Report on sanitation, dispensaries, and jails in Rajputana for 1918, and on vaccination for the year 1918-1919 - 1918-1919
Year: 1918
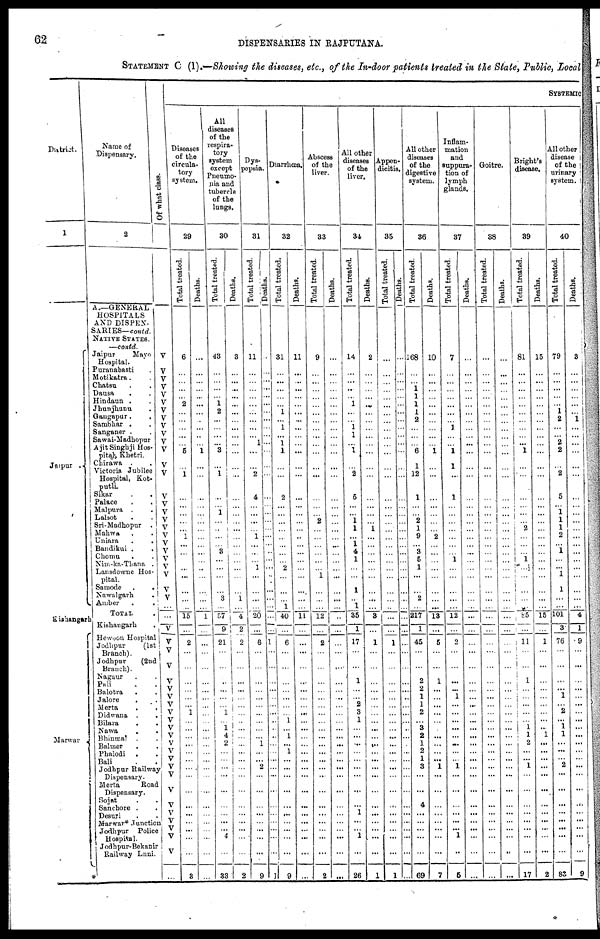
62
DISPENSARIES IN RAJPUTANA.
STATEMENT C (I).—Showing the diseases, etc., of the In-door patients treated in the State, Public, Local
District.
1
Jaipur
Kishangarh
Marwar
Name of
Dispensary.
2
A.—GENERAL
HOSPITALS
AND DISPEN-
SARIES—
contd.
NATIVE STATES
—contd.
Jaipur
Mayo
Hospital.
Puranabasti .
Motikatra . .
Chatsu . .
Dausa . .
Hindaun . .
Jhunjhunu . .
Gangapur. .
Sambhar . .
Sanganer . .
Sawai-Madhopur
Ajit Singhji Hos-
pital Khetri.
Chirawa . .
Victoria Jubilee
Hospital, Kot-
putli
Sikar . .
Palace . .
Malpura . .
Lalsot . .
Sri-Madhopur
.
Mahwa . .
Uniara . .
Bandikui . .
Chomu . .
Nim-ka-Thana .
Lansdowne Hos¬
pital.
Samode . .
Nawalgarh .
Amber . .
TOTAL
.
Kishangarh .
Hewoon Hospital
Jodhpur
(1st
Branch).
Jodhpur
(2nd
Branch).
Nagpur . .
Pali . .
Balotra . .
Jalore . .
Merta . .
Didwana . .
Bilara . .
Nawa . .
Bhinmal . .
Balmer . .
Phalodi
. .
Bali . .
Jodhpur Railway
Dispensary.
Merta
Road
Dispensary.
Sojat . .
Sanchore . .
Desuri . .
Marwar* Junction
Jodhpur Police
Hospital.
Jodhpur-Bekanir
Railway Luni.
Of what class.
V
V
V
V
V
V
V
V
V
V
V
V
V
V
V
V
V
V
V
V
V V
V
V
V
V
V
...
...
V
V
V
V
V
V
V
V
V
V
V
V
V
V
V
V
V
V
V
V
V
V
V
V
...
SYSTEMI C
Diseases
of the
circula-
tory
system.
29
Total treated.
6
...
...
...
...
2
...
...
...
...
...
5
...
1
...
...
...
...
...
1
... ...
...
...
...
...
...
...
15
...
2
...
...
...
...
...
...
1
...
...
...
...
...
...
...
...
...
...
...
...
...
...
...
3
Deaths.
...
...
...
...
...
...
...
...
...
...
...
1
...
...
...
...
...
...
...
...
...
...
...
...
...
...
...
...
1
...
...
...
...
...
...
...
...
...
...
...
...
...
...
...
...
...
...
...
...
...
...
...
...
...
All
diseases
of the
respira¬
tory
system
except
Pneumo-
nia and
tubercle
of the
lungs.
30
Total treated.
43
...
...
...
...
1
2
...
...
...
...
3
...
1
...
...
1
...
...
...
...
3
...
...
...
...
3
...
57
9
21
...
...
...
...
...
...
1
...
1
4
2
...
...
... ...
...
...
...
...
...
4
...
33
Deaths.
3
...
...
...
...
...
...
...
...
...
...
...
...
...
...
...
...
...
...
...
... ...
...
...
...
...
1
...
4
2
2
...
...
...
...
...
...
...
...
...
...
...
...
...
...
...
...
...
...
...
...
...
...
2
Dys¬
pepsia.
31
Total treated.
11
...
...
...
...
...
...
...
...
...
1
...
...
2
4
...
...
...
... 1
...
...
...
1
...
...
...
...
20
...
6
...
...
...
...
...
...
...
...
...
...
1
...
...
2
...
...
...
...
...
...
...
...
9
Deaths.
...
...
...
...
...
...
...
...
...
...
...
...
...
...
...
...
...
...
...
...
...
...
...
...
...
...
...
...
...
...
1
...
...
...
...
...
...
...
...
...
...
...
...
...
...
...
...
...
...
...
...
...
...
1
Diarrhœa.
32
Total treated.
31
...
...
...
...
...
1
...
1
...
1
1
...
...
2
...
...
...
...
...
...
...
...
2
...
...
...
1
40
...
6
...
...
...
...
...
...
...
1
...
1
...
1
...
...
...
...
...
...
...
...
...
...
9
Deaths.
11
...
...
...
...
...
...
...
...
...
...
...
...
...
...
...
...
...
...
...
...
...
...
...
...
...
...
...
11
...
...
...
...
...
...
...
...
...
...
...
...
...
...
...
...
...
...
...
...
...
...
...
...
...
Abscess
of the
liver.
33
Total treated.
9
...
...
...
...
...
...
...
...
...
...
...
...
...
...
...
...
2
...
...
...
...
...
...
1
...
...
...
12
...
2
...
...
...
...
...
...
...
...
...
...
...
...
...
...
...
...
...
...
...
...
...
...
2
Deaths.
...
...
...
...
...
...
...
...
...
...
...
...
...
...
...
...
...
...
...
...
...
...
...
...
...
...
...
...
...
...
...
...
...
...
...
...
...
...
...
...
...
...
...
...
...
...
...
...
...
...
...
...
...
...
All other
diseases
of the
liver.
34
Total
treated.
14
...
...
...
...
1
...
...
1
1
...
1
...
2
5
...
...
1
1
...
1
4
1
...
...
1
...
1
35
1
17
...
...
1 ...
...
2
3
1
...
...
...
...
...
...
...
...
...
1
...
...
1
...
26
Deaths.
2
...
...
...
...
...
...
...
...
...
...
...
...
...
...
...
...
...
1
...
...
...
...
...
...
...
...
...
3
...
1
...
...
...
...
...
...
...
...
...
...
...
...
...
...
...
...
...
...
...
...
...
...
1
Appen¬
dicitis.
35
Total treated.
...
...
...
...
...
...
...
...
...
...
...
...
...
...
...
...
...
...
...
...
...
...
...
...
...
...
...
...
...
...
1
...
...
...
...
...
...
...
...
...
...
...
...
...
...
...
...
...
...
...
...
...
...
1
Deaths.
...
...
...
...
...
...
...
...
...
...
...
...
...
...
...
...
...
...
...
...
...
...
...
...
...
...
...
...
...
...
...
...
...
...
...
...
...
...
...
...
...
...
...
...
...
...
...
...
...
...
...
...
...
...
All other
diseases
of the
digestive
system.
36
Total treated.
168
...
...
1
1
1
1
2
...
...
...
6
1
12
1
...
...
2
1
9
...
3
5
1
...
...
2
...
217
1
45
...
...
2 2
1
1
2
...
3
2
1
2
1
3
...
...
4
...
...
...
...
...
69
Deaths.
10
...
...
...
...
...
...
...
...
...
...
1
...
...
...
...
...
...
...
2
...
...
...
...
...
...
...
...
13
...
5
...
...
1 ...
...
...
...
...
...
...
...
...
...
1
...
...
...
...
...
...
...
...
7
Inflam-
mation
and
suppura-
tion of
lymph
glands.
37
Total treated.
7
...
...
...
...
...
...
...
1
...
...
1
1
...
1
...
...
...
...
...
...
...
1
...
...
...
...
...
12
...
2
...
...
...
...
1
...
...
...
...
...
...
...
...
1 ...
...
...
...
...
...
1
...
5
Deaths.
...
...
...
...
...
...
...
...
...
...
...
...
...
...
...
...
...
...
...
...
...
...
...
...
...
...
...
...
...
...
...
...
...
...
...
...
...
...
...
...
...
...
...
...
...
...
...
...
...
...
...
...
...
...
Goitre.
38
Total treated.
...
...
...
...
...
...
...
...
...
...
...
...
...
...
...
...
...
...
...
...
...
...
...
...
...
...
...
...
...
...
...
...
...
...
...
...
...
...
...
...
...
...
...
...
...
...
...
...
...
...
...
...
...
...
Deaths.
...
...
...
...
...
...
...
...
...
...
...
...
...
...
...
...
...
...
...
...
...
...
...
...
...
...
...
...
...
...
...
...
...
...
...
...
...
...
...
...
...
...
...
...
...
...
...
...
...
...
...
...
...
...
Bright's
disease.
39
Total treated.
81
...
...
...
...
...
...
...
...
...
...
1
...
...
...
...
...
...
2
...
...
...
1
...
...
...
...
...
85
...
11
...
...
1 ...
...
...
...
...
1
1
2
...
...
1 ...
...
...
...
...
...
...
...
17
Deaths.
15
...
...
...
...
...
...
...
...
...
...
...
...
...
...
...
...
...
...
...
...
...
...
...
...
...
...
...
15
...
1
...
...
...
...
...
...
...
...
...
1
...
...
...
...
...
...
...
...
...
...
...
...
2
All other
disease
of the
urinary
system.
40
Total treated.
79
...
...
...
...
...
1
2
...
...
2
2
...
2
5
...
1
1
1
2
...
1
...
...
1
1
...
...
101
3
76
...
...
...
...
1
...
2
...
1 1
...
...
...
2 ...
...
...
...
...
...
...
...
83
Deaths.
3
...
...
...
...
...
...
1
...
...
...
...
...
...
...
...
...
...
...
...
...
...
...
...
...
...
...
...
4
1
9
...
...
...
...
...
...
...
...
...
...
...
...
...
...
...
...
...
...
...
...
...
...
9